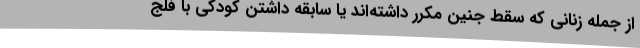
از جمله زنانی که سقط جنین مکرر داشته‌اند یا سابقه داشتن کودکی با فلج